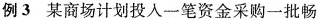
例3某商场计划投入一笔资金采购一批畅